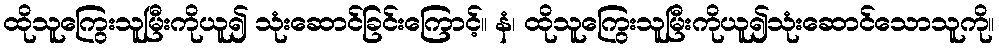
ထိုသူကြွေးသူမြီးကိုယူ၍ သုံးဆောင်ခြင်းကြောင့်။ နံ၊ ထိုသူကြွေးသူမြီးကိုယူ၍သုံးဆောင်သောသူကို။